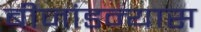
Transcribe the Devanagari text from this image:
बीजांडन्यास